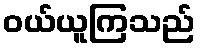
ဝယ်ယူကြသည်